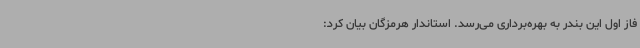
فاز اول این بندر به بهره‌برداری می‌رسد. استاندار هرمزگان بیان کرد: